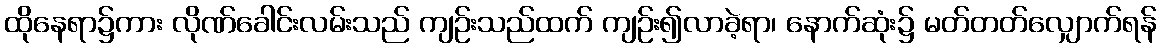
ထိုနေရာ၌ကား လိုဏ်ခေါင်းလမ်းသည် ကျဉ်းသည်ထက် ကျဉ်း၍လာခဲ့ရာ၊ နောက်ဆုံး၌ မတ်တတ်လျှောက်ရန်